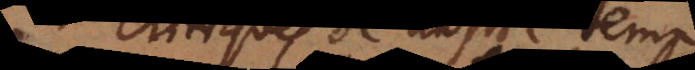
Critiques de nostre temps